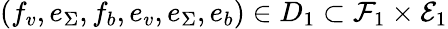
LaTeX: (f_{v},e_{\Sigma},f_{b},e_{v},e_{\Sigma},e_{b})\in D_{1}\subset\mathcal{F}_{1}\times\mathcal{E}_{1}